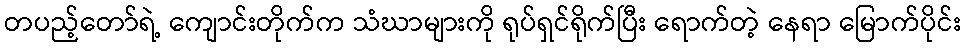
တပည့်တော်ရဲ့ ကျောင်းတိုက်က သံဃာများကို ရုပ်ရှင်ရိုက်ပြီး ရောက်တဲ့ နေရာ မြောက်ပိုင်း